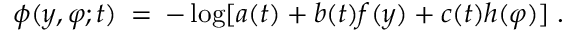
\phi ( y , \varphi ; t ) \: = \: - \log [ a ( t ) + b ( t ) f ( y ) + c ( t ) h ( \varphi ) ] \; .